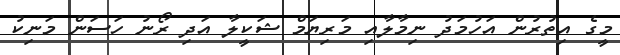
މީގެ އިތުރުން އަހުމަދު ނިމާލާއި މަރިޔަމް ޝަކީލާ އަދި ރޯނު ހަސަން މަނިކު